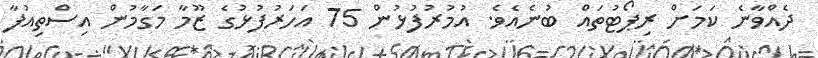
ދެއްވާނެ ކަމަށް ރިޕޯޓުތައް ބުނެއެވެ. އުމުރުފުޅުން 75 އަހަރުފުޅުގެ ޒޫމާ މަގާމުން އިސްތިއުފާ